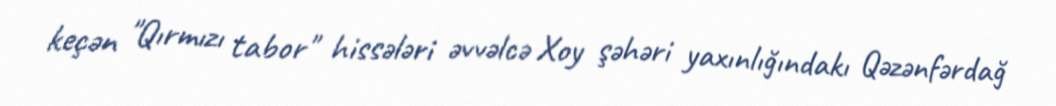
keçən "Qırmızı tabor" hissələri əvvəlcə Xoy şəhəri yaxınlığındakı Qəzənfərdağ